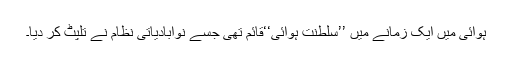
ہوائی میں ایک زمانے میں ’’سلطنت ہوائی‘‘قائم تھی جسے نوآبادیاتی نظام نے تلپٹ کر دیا۔